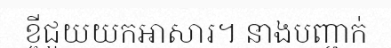
ខ្ចីជួយយកអាសារ។ នាងបញ្ជាក់